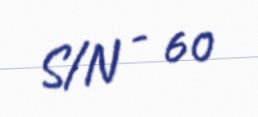
S/N - 60